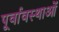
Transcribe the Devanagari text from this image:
पूर्वावस्थाओं